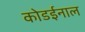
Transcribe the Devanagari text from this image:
कोडईनाल